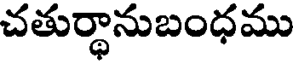
చతుర్ధానుబంధము